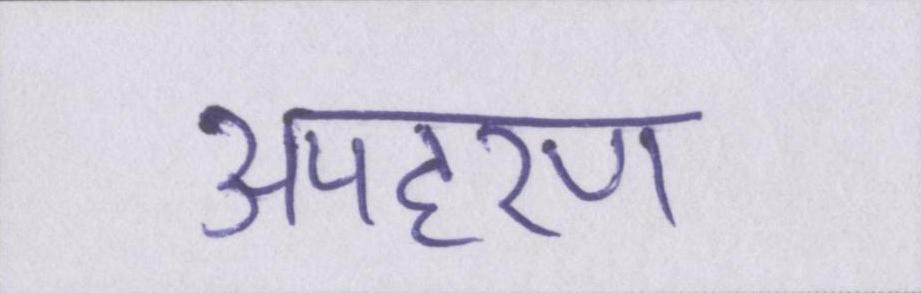
अपहरण